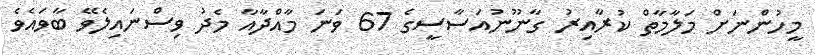
މީހުންނަށް މަލާމާތް ކުރާއިރު ގާނޫނުއަސާސީގެ 67 ވަނަ މާއްދާއާ މެދު ވިސްނައިލެވޭ ބާވައެވެ